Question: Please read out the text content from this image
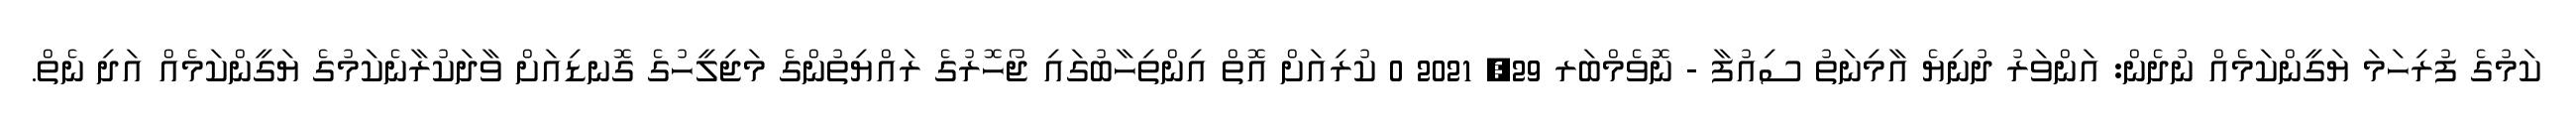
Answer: ކަމުގެ ފުރިހަމަ ޔަގީންކަމެއް ނުދެން: އަންވަރު ދުނިޔެ އާމިނަތު ސިއުފާ - ނޮވެމްބަރ 29, 2021 0 ކުރިއަށް އޮތް އިންތިހާބުގައި ޖޯހޮރުގެ ރައްޔިތުންގެ މަޖިލީހުގެ ގޮނޑިއަށް ވާދަކުރާނެކަމުގެ ޔަގީންކަމެއް އަދި ނެތް.